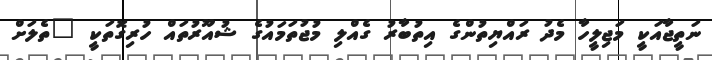
ނަތީޖާއަކީ މަޖިލީހާ މެދު ރައްޔިތުންގެ އިތުބާރު ގެއްލި މުޖުތަމައުގެ ޝުއޫރުތައް ހުރިގޮތަކީ "ތެލަށް